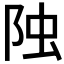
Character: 𨹁